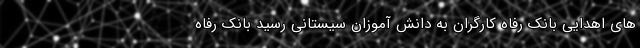
های اهدایی بانک رفاه کارگران به دانش آموزان سیستانی رسید بانک رفاه